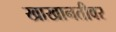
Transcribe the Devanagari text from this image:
खाखानतीवर